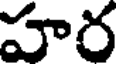
హర